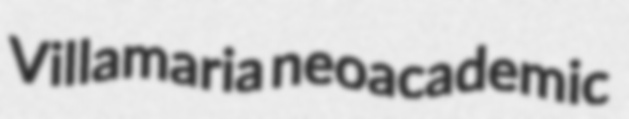
Villamaria neoacademic